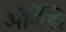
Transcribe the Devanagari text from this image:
ओर्लैंडो